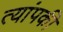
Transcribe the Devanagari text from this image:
त्यांपकी